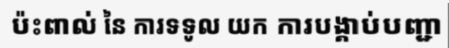
ប៉ះពាល់ នៃ ការទទូល យក ការបង្គាប់បញ្ជា